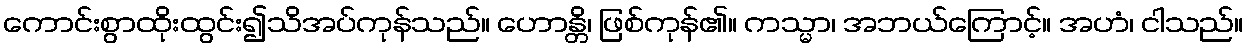
ကောင်းစွာထိုးထွင်း၍သိအပ်ကုန်သည်။ ဟောန္တိ၊ ဖြစ်ကုန်၏။ ကသ္မာ၊ အဘယ်ကြောင့်။ အဟံ၊ ငါသည်။